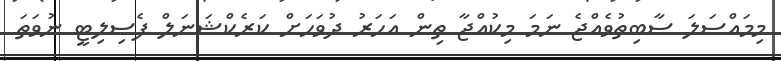
މިމައްސަލަ ސާބިތުވެއްޖެ ނަމަ މިކުއްޖާ ތިން އަހަރު ދުވަހަށް ކަރެކްޝަނަލް ފެސިލިޓީ ނުވަތަ